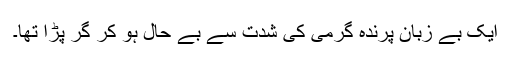
ایک بے زبان پرندہ گرمی کی شدت سے بے حال ہو کر گر پڑا تھا۔